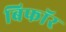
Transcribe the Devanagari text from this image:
बिफाॅर